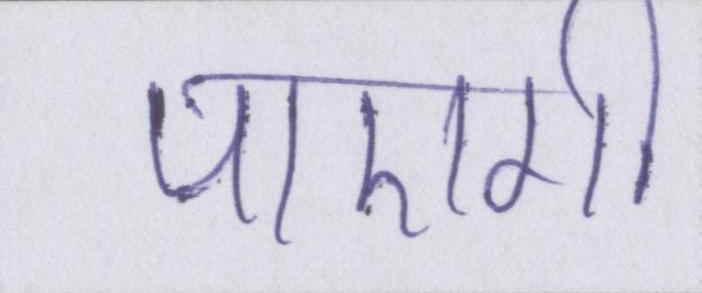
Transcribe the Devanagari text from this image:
पाएगी